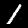
Label: 1